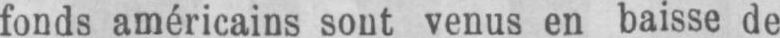
fonds américains sont venus en baisse de